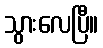
သွားလေပြီ။